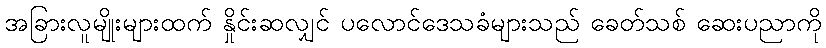
အခြားလူမျိုးများထက် နှိုင်းဆလျှင် ပလောင်ဒေသခံများသည် ခေတ်သစ် ဆေးပညာကို